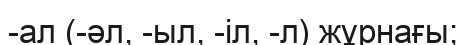
-ал (-әл, -ыл, -іл, -л) жұрнағы;